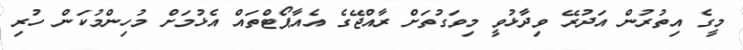
މީގެ އިތުރުން އަދުރޭ ވިދާޅުވީ މިވަގުތަށް ރާއްޖޭގެ އެއާޕޯޓްތައް އެޅުމަށް މުހިންމުކަން ހުރި